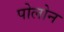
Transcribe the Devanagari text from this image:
पोलोन